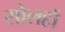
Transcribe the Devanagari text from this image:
सोलहों